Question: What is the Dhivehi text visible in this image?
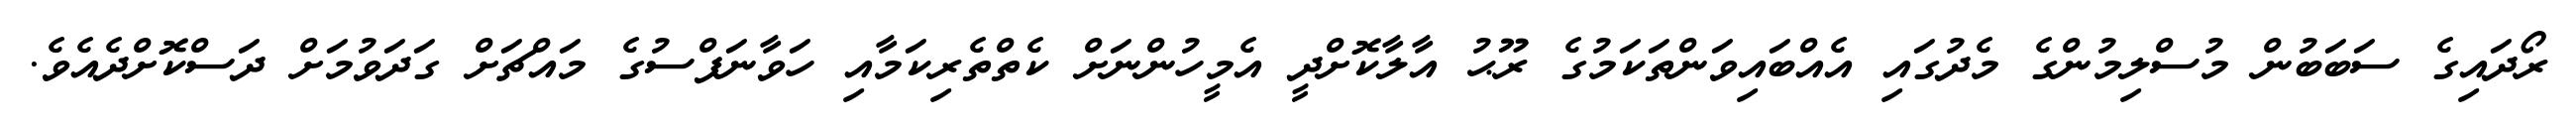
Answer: ރޯދައިގެ ސަބަބުން މުސްލިމުންގެ މެދުގައި އެއްބައިވަންތަކަމުގެ ރޫޙު އާލާކޮށްދީ އެމީހުންނަށް ކެތްތެރިކަމާއި ހަވާނަފްސުގެ މައްޗަށް ގަދަވުމަށް ދަސްކޮށްދެއެވެ.